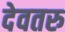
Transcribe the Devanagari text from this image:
देवतरु